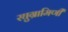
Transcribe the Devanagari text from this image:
रघुग्रामिणी